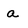
Character: a